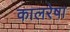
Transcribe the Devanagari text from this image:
कालरेषा